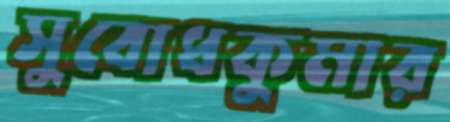
সুবোধকুমার